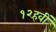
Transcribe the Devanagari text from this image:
१२हवीं